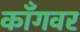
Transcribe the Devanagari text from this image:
काँगवर